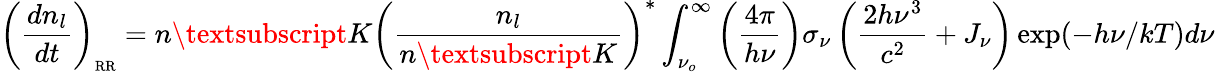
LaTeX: \left(\frac{dn_{l}}{dt}\right)_{\scriptsize\mathrm{RR}}=n\textsubscript{K}\left(\frac{n_{l}}{n\textsubscript{K}}\right)^{*}\int_{\nu_{o}}^{\infty}\left({\frac{4\pi}{h\nu}}\right)\sigma_{\nu}\left({\frac{2h\nu^{3}}{c^{2}}}+J_{\nu}\right)\exp(-h\nu/kT)d\nu